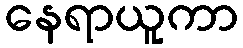
နေရာယူကာ